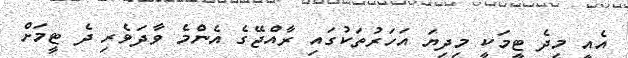
އެއީ މިދެ ޓީމަކީ މިދިޔަ އަހަރުތަކުގައި ރާއްޖޭގެ އެންމެ ވާދަވެރި ދެ ޓީމަށް